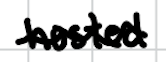
Text: hosted
Cross-out: wave
Writing tool: digital_black